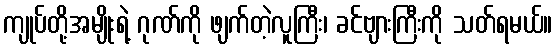
ကျုပ်တို့အမျိုးရဲ့ ဂုဏ်ကို ဖျက်တဲ့လူကြီး၊ ခင်ဗျားကြီးကို သတ်ရမယ်။